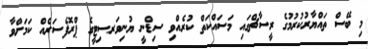
މި ބޭސް ތައްޔާރުކުރުމުގެ ރީސާޗްގައި މަސައްކަތް ކުރެއްވި ސިޑްނީ ޔުނިވަރސިޓީގެ ޕްރޮފެސަރެއް ކަމަށްވާ